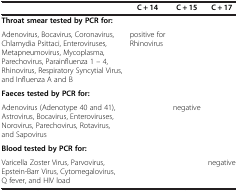
<table><thead><tr><td><b> </b></td><td><b>C + 14</b></td><td><b>C + 15</b></td><td><b>C + 17</b></td></tr></thead><tbody><tr><td><b>Throat smear tested by PCR for:</b></td><td> </td><td rowspan="2"> </td><td rowspan="2"> </td></tr><tr><td>Adenovirus, Bocavirus, Coronavirus, Chlamydia Psittaci, Enteroviruses, Metapneumovirus, Mycoplasma, Parechovirus, Parainfluenza 1 – 4, Rhinovirus, Respiratory Syncytial Virus, and Influenza A and B</td><td>positive for Rhinovirus</td></tr><tr><td><b>Faeces tested by PCR for:</b></td><td> </td><td> </td><td> </td></tr><tr><td>Adenovirus (Adenotype 40 and 41), Astrovirus, Bocavirus, Enteroviruses, Norovirus, Parechovirus, Rotavirus, and Sapovirus</td><td> </td><td>negative</td><td> </td></tr><tr><td><b>Blood tested by PCR for:</b></td><td> </td><td> </td><td> </td></tr><tr><td>Varicella Zoster Virus, Parvovirus, Epstein-Barr Virus, Cytomegalovirus, Q fever, and HIV load</td><td> </td><td> </td><td>negative</td></tr></tbody></table>